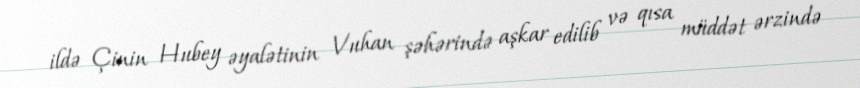
ildə Çinin Hubey əyalətinin Vuhan şəhərində aşkar edilib və qısa müddət ərzində